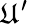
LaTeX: \mathfrak{U}^{\prime}